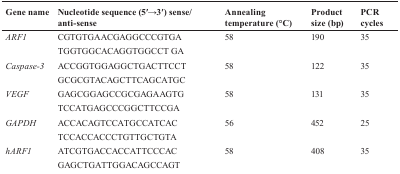
<table><thead><tr><td><b>Gene name</b></td><td><b>Nucleotide sequence (5′→3′) sense/anti-sense</b></td><td><b>Annealing temperature (°C)</b></td><td><b>Product size (bp)</b></td><td><b>PCR cycles</b></td></tr></thead><tbody><tr><td><i>ARF1</i></td><td>CGTGTGAACGAGGCCCGTGA</td><td>58</td><td>190</td><td>35</td></tr><tr><td></td><td>TGGTGGCACAGGTGGCCT GA</td><td></td><td></td><td></td></tr><tr><td><i>Caspase-3</i></td><td>ACCGGTGGAGGCTGACTTCCT</td><td>58</td><td>122</td><td>35</td></tr><tr><td></td><td>GCGCGTACAGCTTCAGCATGC</td><td></td><td></td><td></td></tr><tr><td><i>VEGF</i></td><td>GAGCGGAGCCGCGAGAAGTG</td><td>58</td><td>131</td><td>35</td></tr><tr><td></td><td>TCCATGAGCCCGGCTTCCGA</td><td></td><td></td><td></td></tr><tr><td><i>GAPDH</i></td><td>ACCACAGTCCATGCCATCAC</td><td>56</td><td>452</td><td>25</td></tr><tr><td></td><td>TCCACCACCCTGTTGCTGTA</td><td></td><td></td><td></td></tr><tr><td><i>hARF1</i></td><td>ATCGTGACCACCATTCCCAC</td><td>58</td><td>408</td><td>35</td></tr><tr><td></td><td>GAGCTGATTGGACAGCCAGT</td><td></td><td></td><td></td></tr></tbody></table>